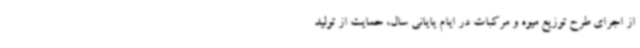
از اجرای طرح توزیع میوه و مرکبات در ایام پایانی سال، حمایت از تولید